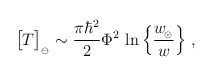
\begin{align*}\big[ T\big]_{_\ominus}\sim {\pi \hbar^2\over 2}\Phi^2 \, \ln\Big\{ {w_{\!_\odot}\over w}\Big\} \ ,\end{align*}